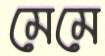
মেমে